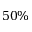
5 0 \%